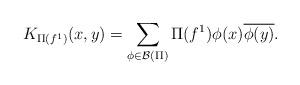
LaTeX: \begin{align*} K_{\Pi(f^1)}(x,y)=\sum_{\phi \in \mathcal{B}(\Pi)} \Pi(f^1){\phi}(x)\overline{{\phi}(y)}.\end{align*}